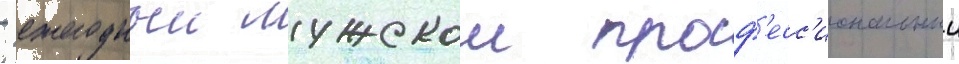
- ежегодныи мужскои проф'есс'иональныи